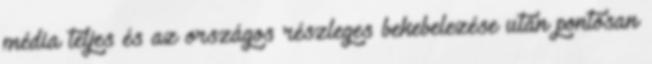
média teljes és az országos részleges bekebelezése után pontosan